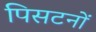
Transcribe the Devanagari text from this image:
पिसटनों